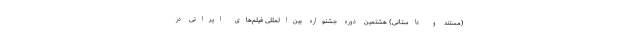
(مستند و داستانی) هشتمین دوره جشنواره بین‌المللی فیلم‌های ایرانی در